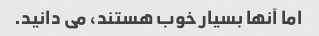
اما آنها بسیار خوب هستند، می دانید.